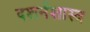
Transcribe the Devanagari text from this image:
दशर्नशास्त्र